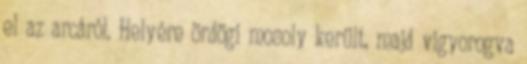
el az arcáról. Helyére ördögi mosoly került, majd vigyorogva